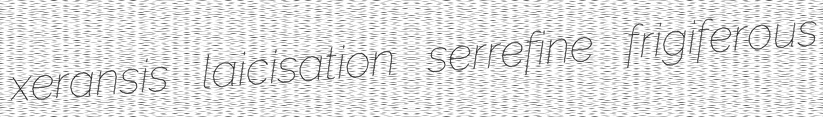
xeransis laicisation serrefine frigiferous